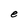
Character: e